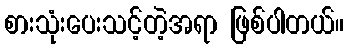
စားသုံးပေးသင့်တဲ့အရာ ဖြစ်ပါတယ်။